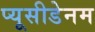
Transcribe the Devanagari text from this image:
प्यूसीडेनम